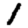
Digit: 1